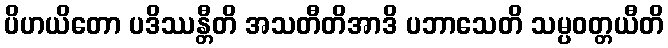
ပိဟယိတော ပဒိဿန္တီတိ အသတီတိအာဒိ ပဘာသေတိ သမ္ပဝတ္တယီတိ